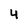
Character: 4